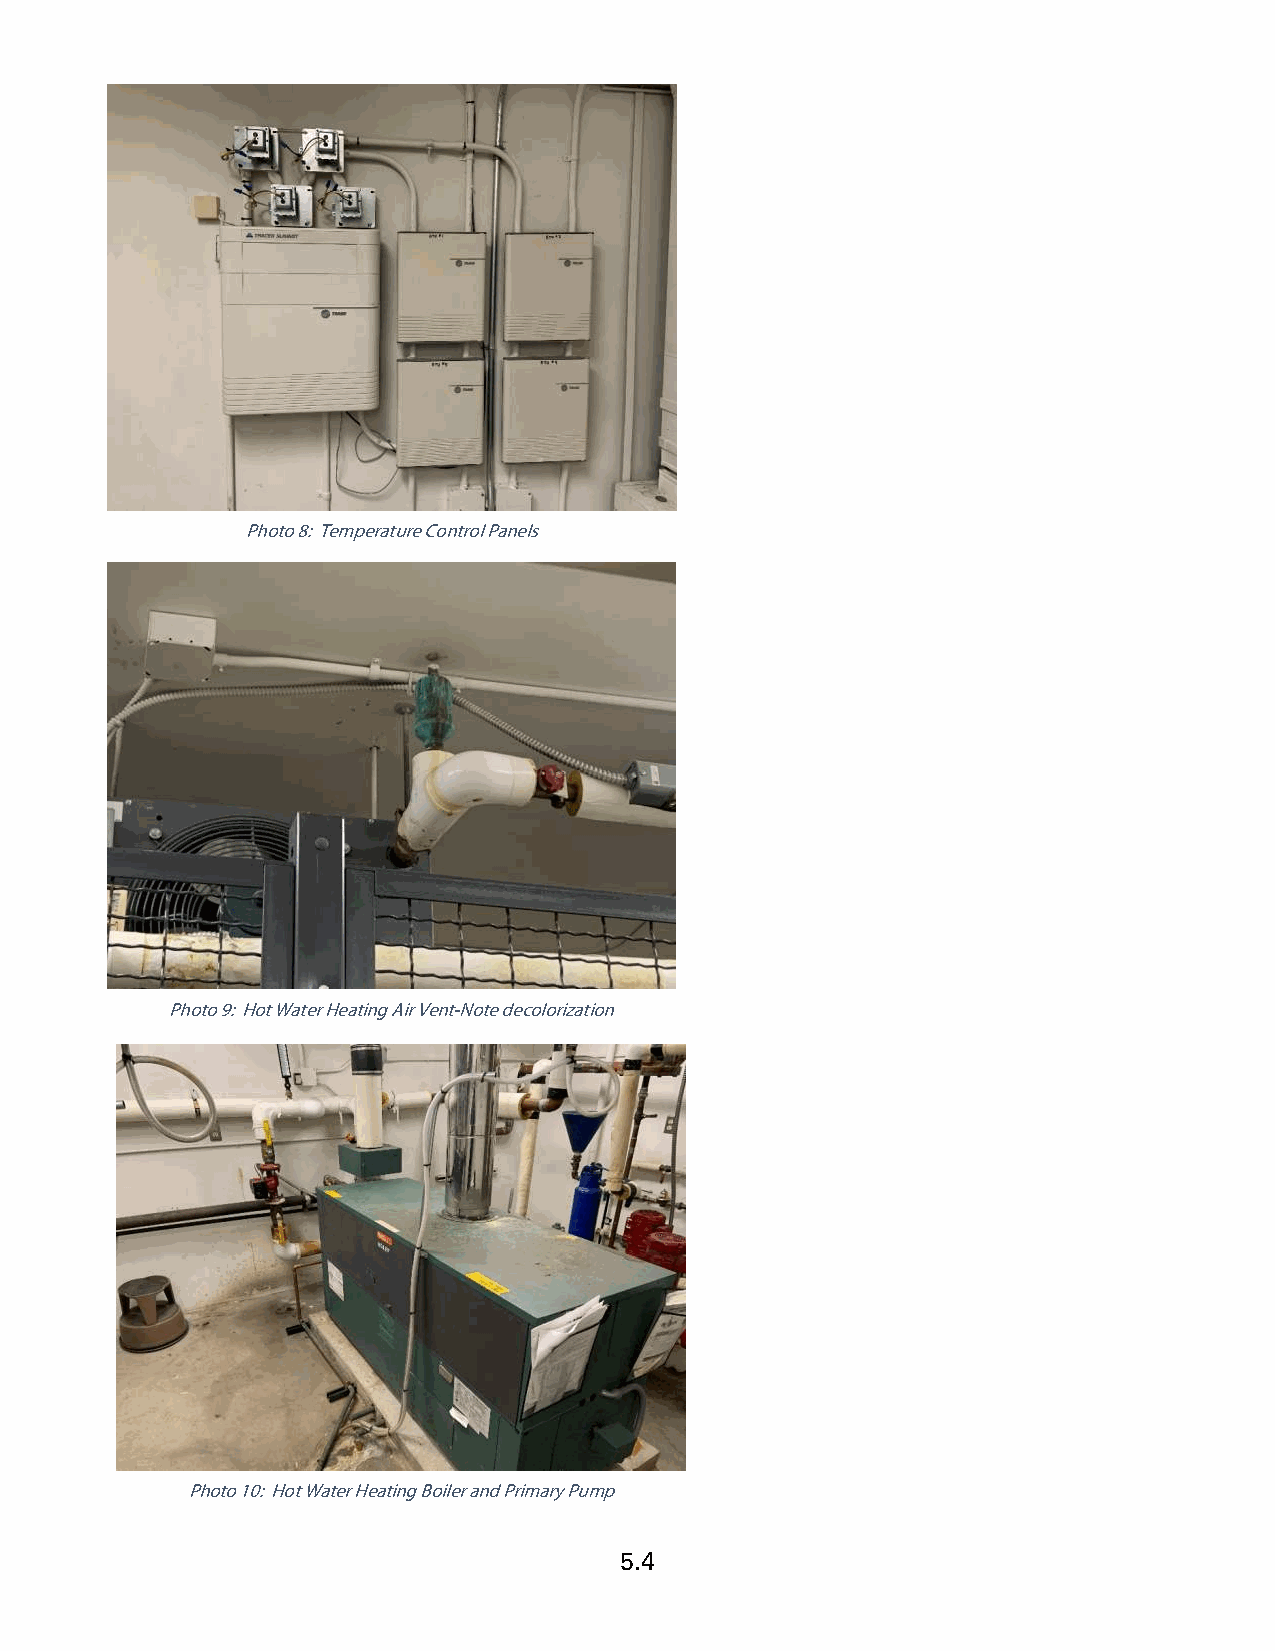
Photo 8: Temperature Control Panels
 Photo 9: Hot Water Heating Air Vent-Note decolorization
 Photo 10: Hot Water Heating Boiler and Primary Pump
 5.4